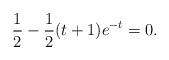
LaTeX: \begin{align*}\frac{1}{2} - \frac{1}{2}(t+1)e^{-t}=0.\end{align*}